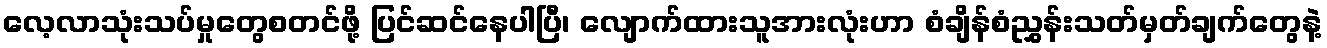
လေ့လာသုံးသပ်မှုတွေစတင်ဖို့ ပြင်ဆင်နေပါပြီ၊ လျောက်ထားသူအားလုံးဟာ စံချိန်စံညွှန်းသတ်မှတ်ချက်တွေနဲ့